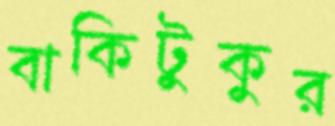
বাকিটুকুর